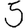
Digit: 5